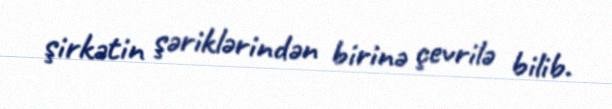
şirkətin şəriklərindən birinə çevrilə bilib.